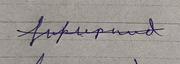
Signature authenticity: forged